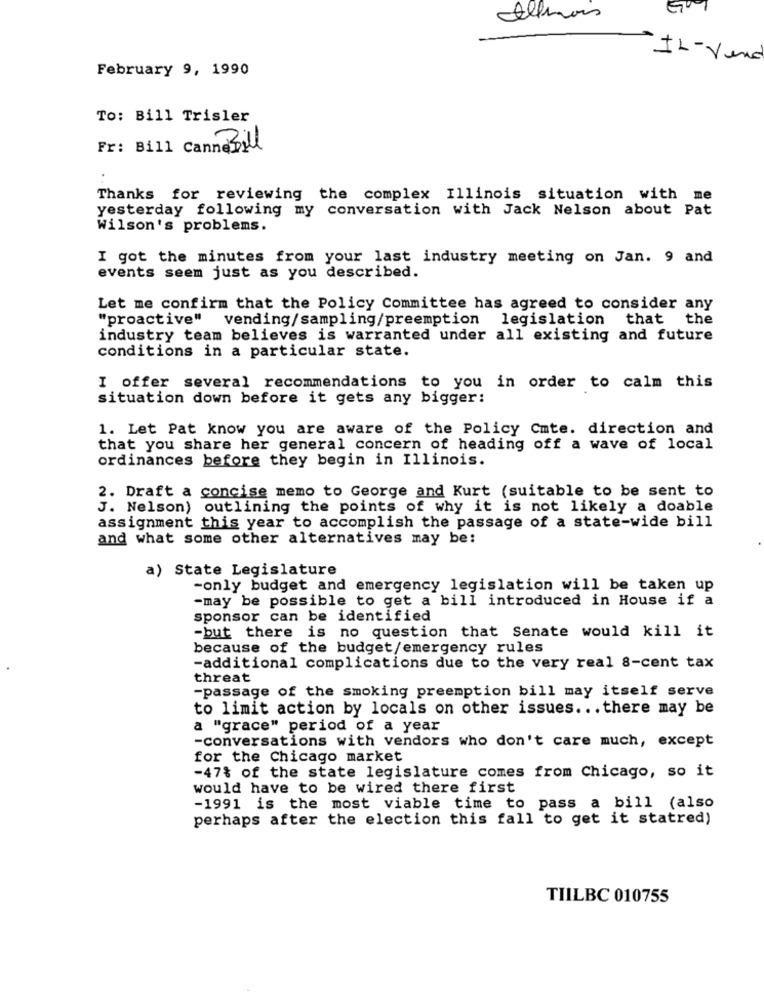
Illinois
IL-Vend
February 9, 1990
To: Bill Trisler
Fr: Bill Canne Bill
Thanks for reviewing the complex Illinois situation with me
yesterday following my conversation with Jack Nelson about Pat
Wilson's problems.
I got the minutes from your last industry meeting on Jan. 9 and
events seem just as you described.
Let me confirm that the Policy Committee has agreed to consider any
"proactive" vending/sampling/preemption legislation that the
industry team believes is warranted under all existing and future
conditions in a particular state.
I offer several recommendations to you in order to calm this
situation down before it gets any bigger:
1. Let Pat know you are aware of the Policy Cmte. direction and
that you share her general concern of heading off a wave of local
ordinances before they begin in Illinois.
2. Draft a concise memo to George and Kurt (suitable to be sent to
J. Nelson) outlining the points of why it is not likely a doable
assignment this year to accomplish the passage of a state-wide bill
and what some other alternatives may be:
a) State Legislature
-only budget and emergency legislation will be taken up
-may be possible to get a bill introduced in House if a
sponsor can be identified
-but there is no question that Senate would kill it
because of the budget/emergency rules
-additional complications due to the very real 8-cent tax
threat
-passage of the smoking preemption bill may itself serve
to limit action by locals on other issues ... there may be
a "grace" period of a year
-conversations with vendors who don't care much, except
for the Chicago market
-47% of the state legislature comes from Chicago, so it
would have to be wired there first
-1991 is the most viable time to pass a bill (also
perhaps after the election this fall to get it statred)
TIILBC 010755